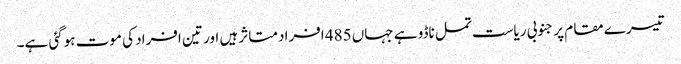
تیسرے مقام پر جنوبی ریاست تمل ناڈو ہے جہاں 485 افراد متاثر ہیں اور تین افراد کی موت ہوگئی ہے۔